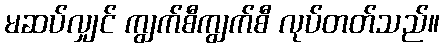
မဆပ်လျှင် ကျွက်စီကျွက်စီ လုပ်တတ်သည်။